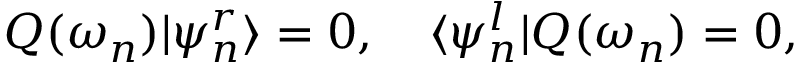
Q ( \omega _ { n } ) | \psi _ { n } ^ { r } \rangle = 0 , \quad \langle \psi _ { n } ^ { l } | Q ( \omega _ { n } ) = 0 ,